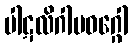
ပါဋလိဂါမဝဂ္ဂေါ